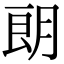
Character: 朗